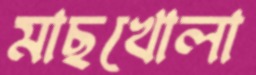
মাছখোলা